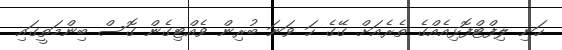
ހަނި ލިފްޓްފޮޅިއެއްގެ ތެރެއަށް ގޭގެ ހަ ވަނަ ބުރިން ވެއްޓިގެން ގޮސް ބިންމަތީގައި